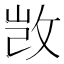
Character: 𮲔